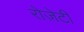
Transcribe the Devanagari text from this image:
रोज़ेटी